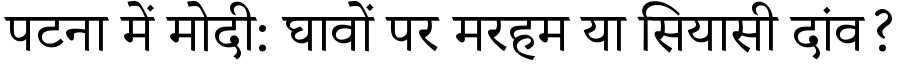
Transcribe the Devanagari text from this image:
पटना में मोदी: घावों पर मरहम या सियासी दांव?